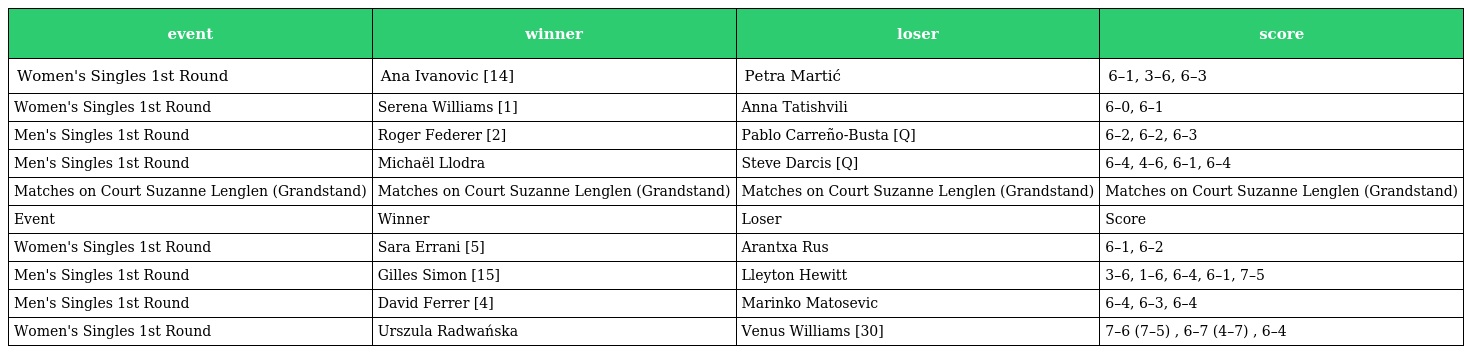
| event | winner | loser | score |
 | --- | --- | --- | --- |
 | Women's Singles 1st Round | Ana Ivanovic [14] | Petra Martić | 6–1, 3–6, 6–3 |
 | Women's Singles 1st Round | Serena Williams [1] | Anna Tatishvili | 6–0, 6–1 |
 | Men's Singles 1st Round | Roger Federer [2] | Pablo Carreño-Busta [Q] | 6–2, 6–2, 6–3 |
 | Men's Singles 1st Round | Michaël Llodra | Steve Darcis [Q] | 6–4, 4–6, 6–1, 6–4 |
 | Matches on Court Suzanne Lenglen (Grandstand) | Matches on Court Suzanne Lenglen (Grandstand) | Matches on Court Suzanne Lenglen (Grandstand) | Matches on Court Suzanne Lenglen (Grandstand) |
 | Event | Winner | Loser | Score |
 | Women's Singles 1st Round | Sara Errani [5] | Arantxa Rus | 6–1, 6–2 |
 | Men's Singles 1st Round | Gilles Simon [15] | Lleyton Hewitt | 3–6, 1–6, 6–4, 6–1, 7–5 |
 | Men's Singles 1st Round | David Ferrer [4] | Marinko Matosevic | 6–4, 6–3, 6–4 |
 | Women's Singles 1st Round | Urszula Radwańska | Venus Williams [30] | 7–6 (7–5) , 6–7 (4–7) , 6–4 |